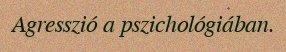
Agresszió a pszichológiában.